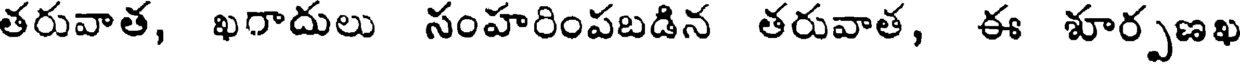
తరువాత, ఖగాదులు సంహరింపబడిన తరువాత, ఈ శూర్పణఖ